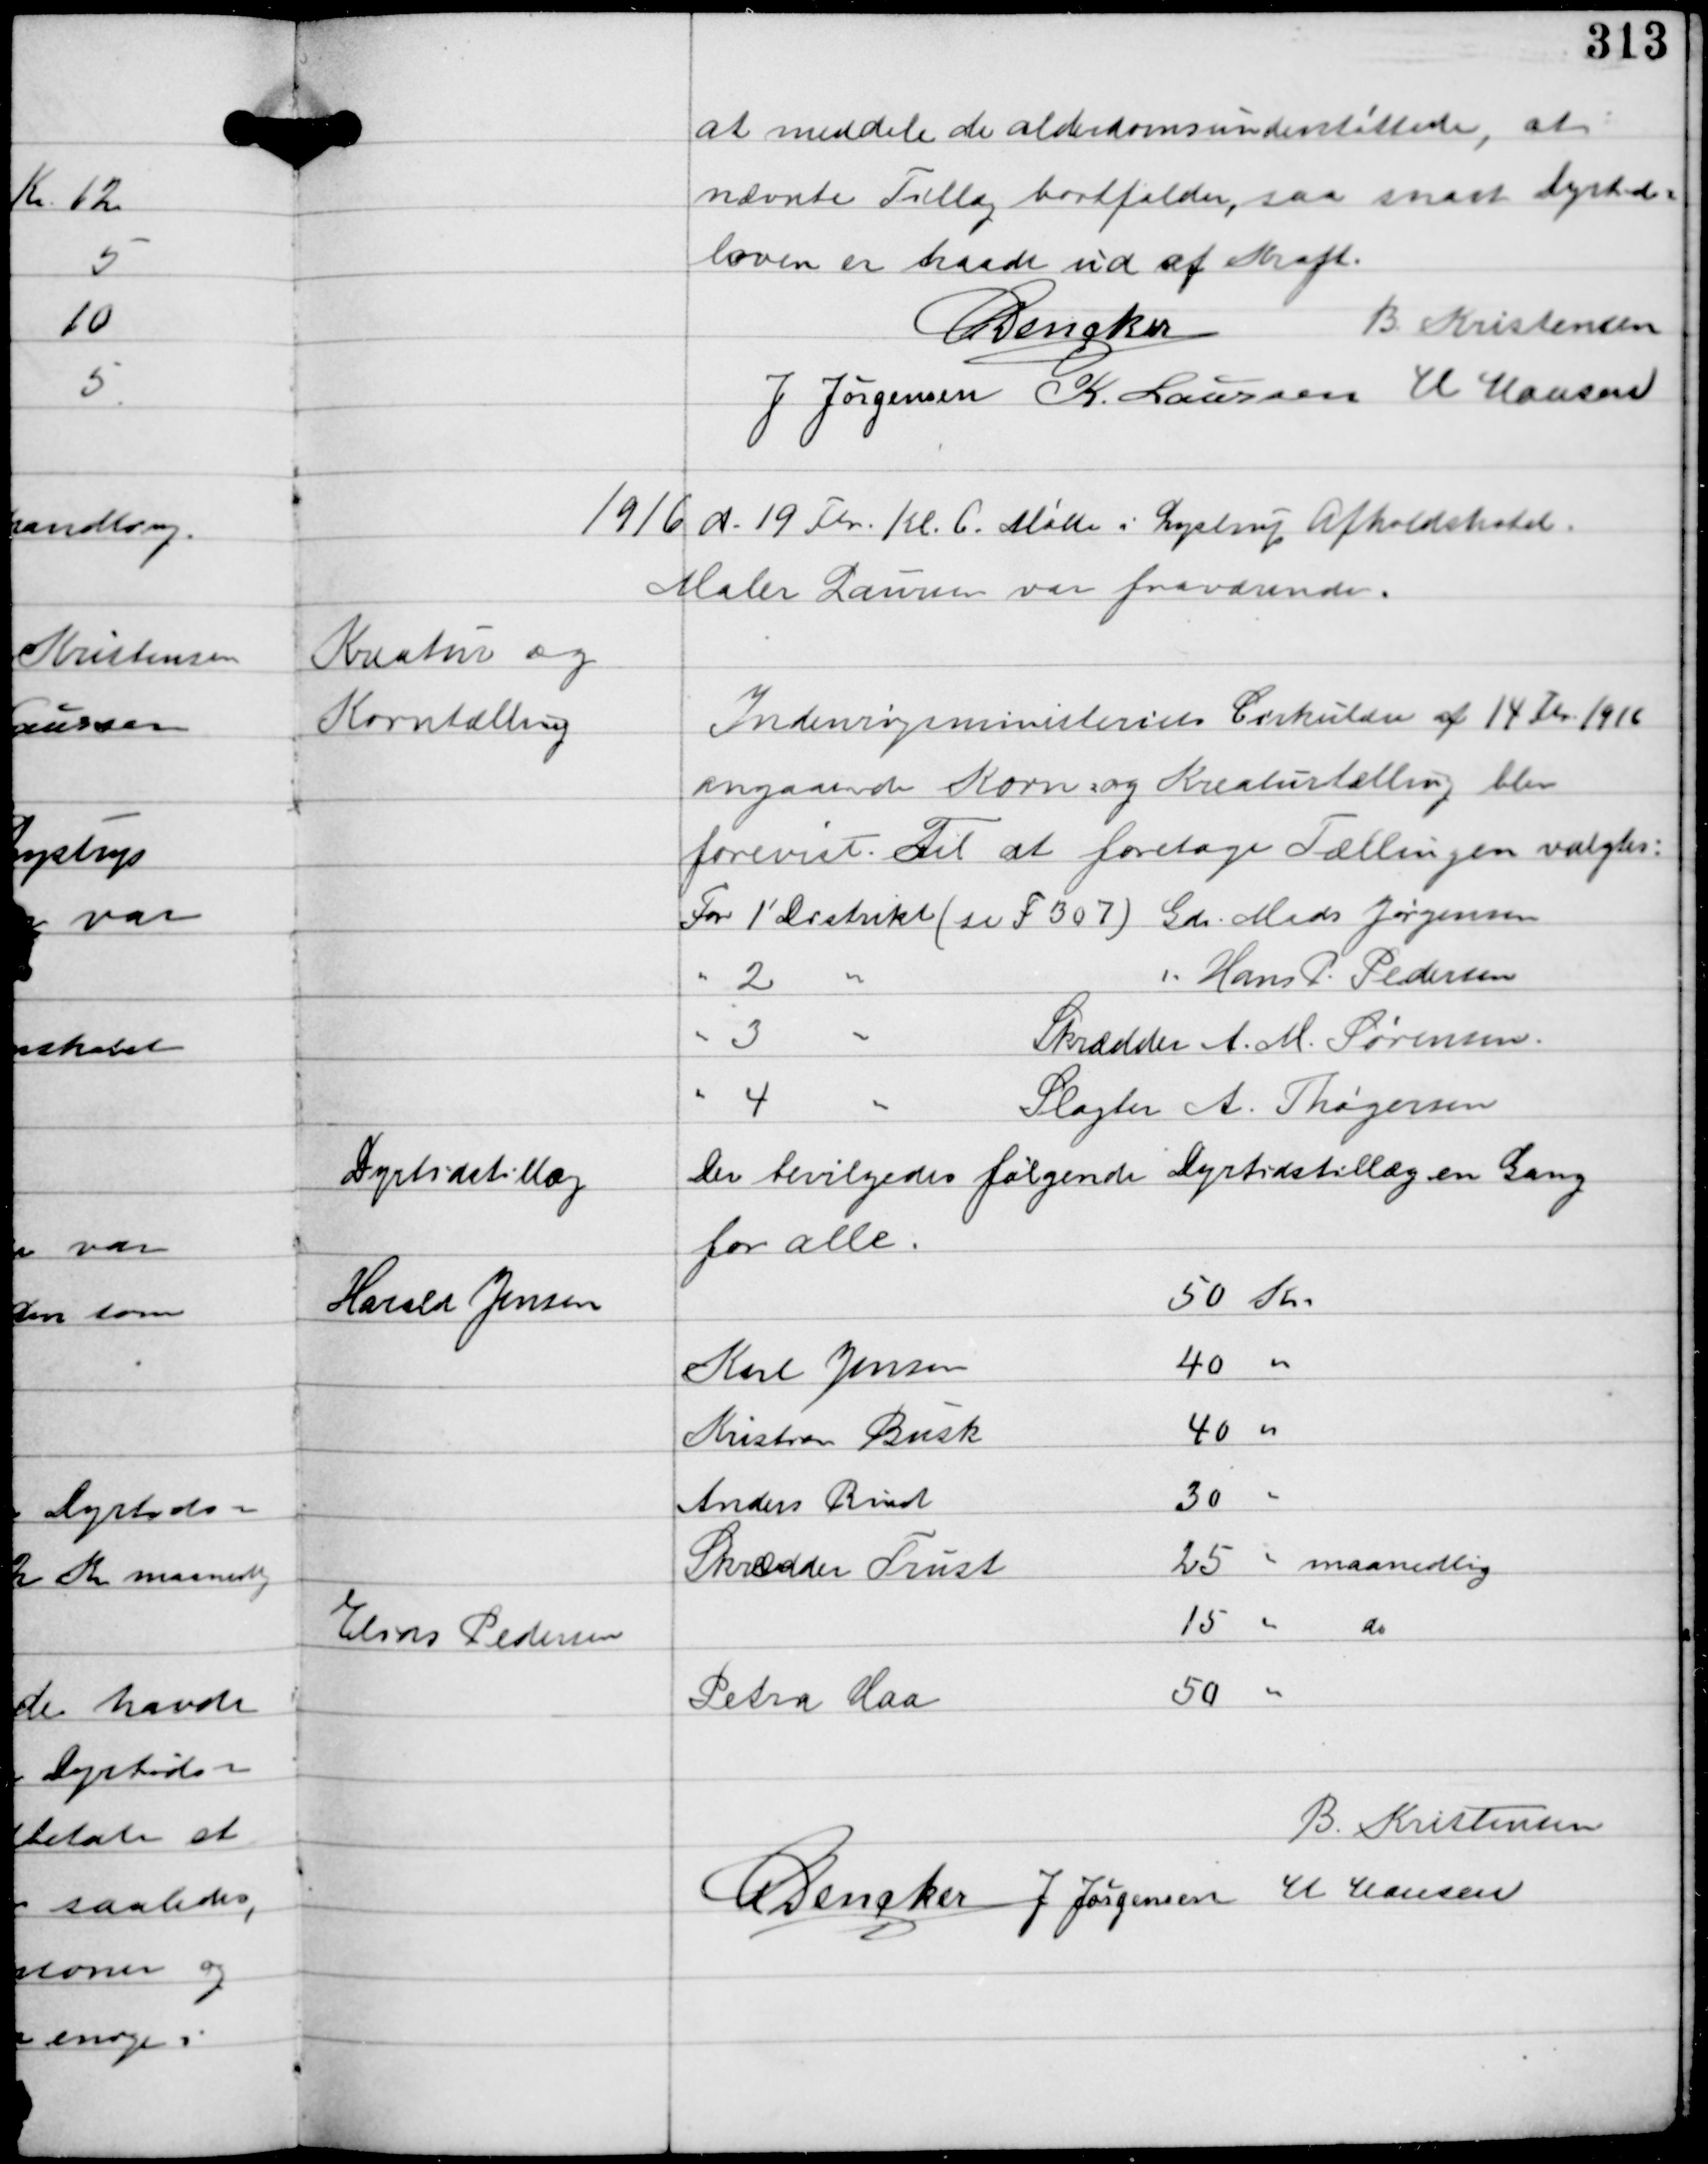
Transskription:
at meddele de alderdomsunderstøttede, at
nævnte Tillæg bortfalder, saa snart dyrtids-
loven er traadt ud af Kraft
C Dencker
B Kristensen
J Jørgensen K. Laursen H Hansen

1916 d. 19 Fbr Kl 6. Møde i Lystrup Afholdshotel.
Maler Laursen var fraværende.

Kreatur og
Korntælling

Indenrigsministeriets Cirkulære af 14 Feb 1916
angaaende Korn og Kreaturtælling blev
forevist. Til at foretage Tællingen valgtes:
For 1' Distrikt (se FB07) Gdr Mads Jørgensen
" 2 "
" Hans P. Pedersen
" 3 "
Skrædder A.M. Sørensen
" 4 "
Slagter A. Thøgersen

Dyrtidstillæg

Der bevilgedes følgende Dyrtidstillæg en Gang
for alle.

B Kristensen
C Dencker J Jørgensen H Hansen